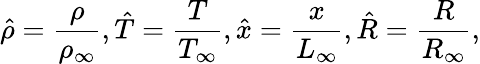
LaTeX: \hat{\rho}=\frac{\rho}{\rho_{\infty}},\hat{T}=\frac{T}{T_{\infty}},\hat{x}=\frac{x}{L_{\infty}},\hat{R}=\frac{R}{R_{\infty}},